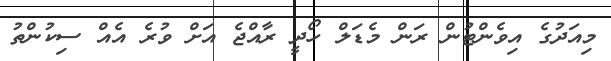
މިއަދުގެ އިވެންޓުން ރަން މެޑަލް ހޯދީ ރާއްޖެ އަށް ވުރެ އެއް ސިކުންތު